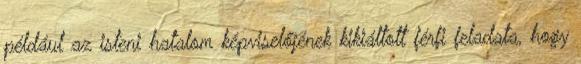
például az isteni hatalom képviselőjének kikiáltott férfi feladata, hogy